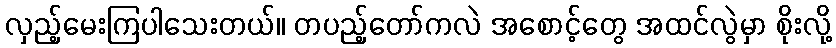
လှည့်မေးကြပါသေးတယ်။ တပည့်တော်ကလဲ အစောင့်တွေ အထင်လွဲမှာ စိုးလို့